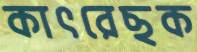
কাৎরেছক